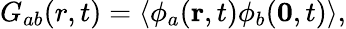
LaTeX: G_{ab}(r,t)=\langle\phi_{a}({\mathbf r},t)\phi_{b}({\mathbf 0},t)\rangle,